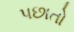
પછાતો